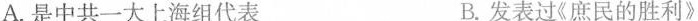
A.是中共一大上海组代表 B.发表过《庶民的胜利》